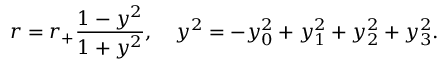
r = r _ { + } \frac { 1 - y ^ { 2 } } { 1 + y ^ { 2 } } , \ \ \ y ^ { 2 } = - y _ { 0 } ^ { 2 } + y _ { 1 } ^ { 2 } + y _ { 2 } ^ { 2 } + y _ { 3 } ^ { 2 } .